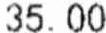
35.00